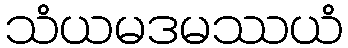
သံယမဒမဿယံ